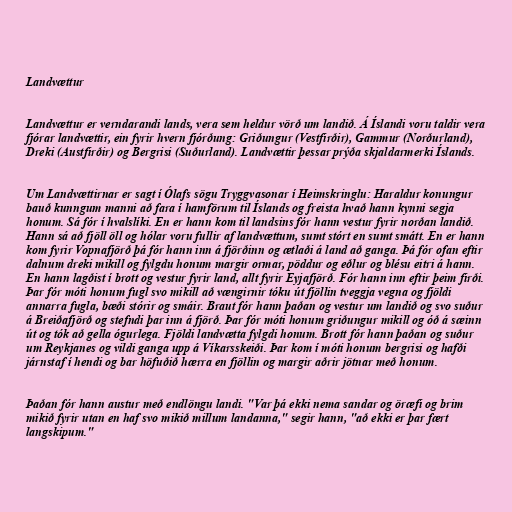
Landvættur

Landvættur er verndarandi lands, vera sem heldur vörð um landið. Á Íslandi voru taldir vera
fjórar landvættir, ein fyrir hvern fjórðung: Griðungur (Vestfirðir), Gammur (Norðurland),
Dreki (Austfirðir) og Bergrisi (Suðurland). Landvættir þessar prýða skjaldarmerki Íslands.

Um Landvættirnar er sagt í Ólafs sögu Tryggvasonar í Heimskringlu: Haraldur konungur
bauð kunngum manni að fara í hamförum til Íslands og freista hvað hann kynni segja
honum. Sá fór í hvalslíki. En er hann kom til landsins fór hann vestur fyrir norðan landið.
Hann sá að fjöll öll og hólar voru fullir af landvættum, sumt stórt en sumt smátt. En er hann
kom fyrir Vopnafjörð þá fór hann inn á fjörðinn og ætlaði á land að ganga. Þá fór ofan eftir
dalnum dreki mikill og fylgdu honum margir ormar, pöddur og eðlur og blésu eitri á hann.
En hann lagðist í brott og vestur fyrir land, allt fyrir Eyjafjörð. Fór hann inn eftir þeim firði.
Þar fór móti honum fugl svo mikill að vængirnir tóku út fjöllin tveggja vegna og fjöldi
annarra fugla, bæði stórir og smáir. Braut fór hann þaðan og vestur um landið og svo suður
á Breiðafjörð og stefndi þar inn á fjörð. Þar fór móti honum griðungur mikill og óð á sæinn
út og tók að gella ógurlega. Fjöldi landvætta fylgdi honum. Brott fór hann þaðan og suður
um Reykjanes og vildi ganga upp á Víkarsskeiði. Þar kom í móti honum bergrisi og hafði
járnstaf í hendi og bar höfuðið hærra en fjöllin og margir aðrir jötnar með honum.

Þaðan fór hann austur með endlöngu landi. "Var þá ekki nema sandar og öræfi og brim
mikið fyrir utan en haf svo mikið millum landanna," segir hann, "að ekki er þar fært
langskipum."